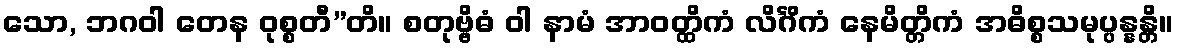
သော, ဘဂဝါ တေန ဝုစ္စတီ”တိ။ စတုဗ္ဗိဓံ ဝါ နာမံ အာဝတ္ထိကံ လိင်္ဂိကံ နေမိတ္တိကံ အဓိစ္စသမုပ္ပန္နန္တိ။